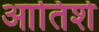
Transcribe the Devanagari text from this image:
आतिशे